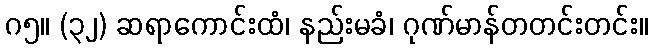
ဂ၅။ (၃၂) ဆရာကောင်းထံ၊ နည်းမခံ၊ ဂုဏ်မာန်တတင်းတင်း။